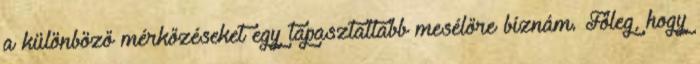
a különböző mérkőzéseket egy tapasztaltabb mesélőre bíznám. Főleg, hogy